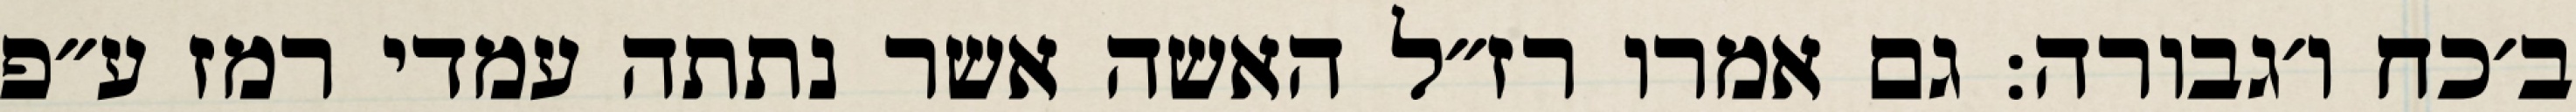
ב׳כח ו׳גבורה: גם אמרו רז״ל האשה אשר נתתה עמדי רמז ע״פ